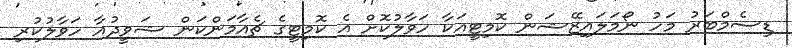
ޑިސެމްބަރު މަހު ނޯމަލައިޒޭޝަން ކޮމިޓީއަކާ ހަވާލުކޮށް އެ ކޮމިޓީގެ ޗެއާމަންކަން ޝަވީދުއާ ހަވާލުކުރި